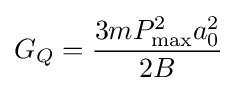
G_{Q}={\frac {3mP_{\max }^{2}a_{0}^{2}}{2B}}